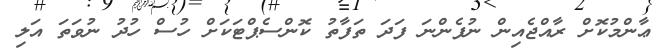
ޢާންމުކޮށް ރާއްޖެއިން ނުފެންނަ ފަދަ ތަފާތު ކޮންސެޕްޓަކަށް ހުސް ހުދު ނުވަތަ އަލި